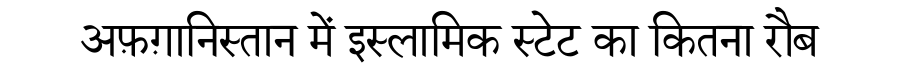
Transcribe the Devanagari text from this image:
अफ़ग़ानिस्तान में इस्लामिक स्टेट का कितना रौब